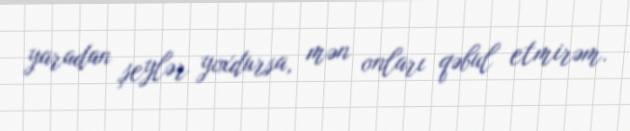
yaradan şeylər yoxdursa, mən onları qəbul etmirəm.